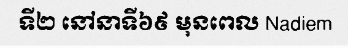
ទី២ នៅនាទី៦៩ មុនពេល Nadiem